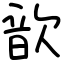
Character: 歆